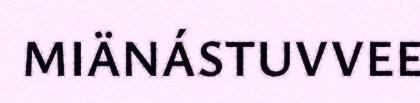
MIÄNÁSTUVVEE